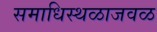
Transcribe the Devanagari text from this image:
समाधिस्थळाजवळ